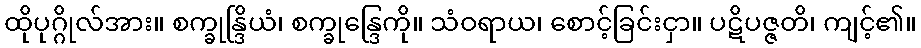
ထိုပုဂ္ဂိုလ်အား။ စက္ခုန္ဒြိယံ၊ စက္ခုန္ဒြေကို။ သံဝရာယ၊ စောင့်ခြင်းငှာ။ ပဋိပဇ္ဇတိ၊ ကျင့်၏။